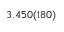
3 . 4 5 0 ( 1 8 0 )